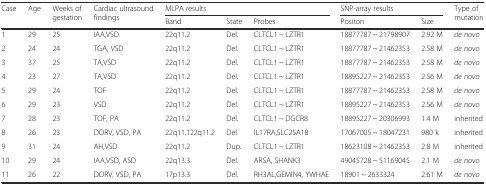
<table><thead><tr><td rowspan="2"><b>Case</b></td><td rowspan="2"><b>Age</b></td><td rowspan="2"><b>Weeks of gestation</b></td><td rowspan="2"><b>Cardiac ultrasound findings</b></td><td colspan="3"><b>MLPA results</b></td><td colspan="2"><b>SNP-array results</b></td><td rowspan="2"><b>Type of mutation</b></td></tr><tr><td><b>Band</b></td><td><b>State</b></td><td><b>Probes</b></td><td><b>Positon</b></td><td><b>Size</b></td></tr></thead><tbody><tr><td>1</td><td>29</td><td>25</td><td>IAA,VSD</td><td>22q11.2</td><td>Del.</td><td>CLTCL1 ~ LZTR1</td><td>18877787 ~ 21798907</td><td>2.92 M</td><td><i>de novo</i></td></tr><tr><td>2</td><td>24</td><td>24</td><td>TGA, VSD</td><td>22q11.2</td><td>Del.</td><td>CLTCL1 ~ LZTR1</td><td>18877787 ~ 21462353</td><td>2.58 M</td><td><i>de novo</i></td></tr><tr><td>3</td><td>37</td><td>25</td><td>TA,VSD</td><td>22q11.2</td><td>Del.</td><td>CLTCL1 ~ LZTR1</td><td>18877787 ~ 21462353</td><td>2.58 M</td><td><i>de novo</i></td></tr><tr><td>4</td><td>23</td><td>27</td><td>TA,VSD</td><td>22q11.2</td><td>Del.</td><td>CLTCL1 ~ LZTR1</td><td>18895227 ~ 21462353</td><td>2.56 M</td><td><i>de novo</i></td></tr><tr><td>5</td><td>29</td><td>24</td><td>TOF</td><td>22q11.2</td><td>Del.</td><td>CLTCL1 ~ LZTR1</td><td>18877787 ~ 21462353</td><td>2.58 M</td><td><i>de novo</i></td></tr><tr><td>6</td><td>29</td><td>23</td><td>VSD</td><td>22q11.2</td><td>Del.</td><td>CLTCL1 ~ LZTR1</td><td>18895227 ~ 21462353</td><td>2.56 M</td><td><i>de novo</i></td></tr><tr><td>7</td><td>28</td><td>23</td><td>TOF, PA</td><td>22q11.2</td><td>Del.</td><td>CLTCL1 ~ DGCR8</td><td>18895227 ~ 20306993</td><td>1.4 M</td><td>inherited</td></tr><tr><td>8</td><td>26</td><td>23</td><td>DORV, VSD, PA</td><td>22q11.122q11.2</td><td>Del</td><td>IL17RA,SLC25A18</td><td>17067005 ~ 18047231</td><td>980 k</td><td>inherited</td></tr><tr><td>9</td><td>31</td><td>24</td><td>AH,VSD</td><td>22q11.2</td><td>Dup.</td><td>CLTCL1 ~ LZTR1</td><td>18623108 ~ 21462353</td><td>2.8 M</td><td>inherited</td></tr><tr><td>10</td><td>29</td><td>24</td><td>IAA,VSD, ASD</td><td>22q13.3</td><td>Del.</td><td>ARSA, SHANK3</td><td>49045728 ~ 51169045</td><td>2.1 M</td><td><i>de novo</i></td></tr><tr><td>11</td><td>26</td><td>22</td><td>DORV, VSD, PA</td><td>17p13.3</td><td>Del.</td><td>RH3AL,GEMIN4, YWHAE</td><td>18901 ~ 2633324</td><td>2.61 M</td><td><i>de novo</i></td></tr></tbody></table>